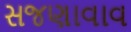
સજણાવાવ